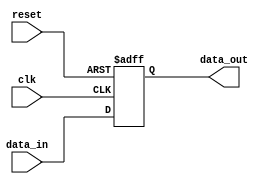
module parametrizable_register #(parameter WIDTH = 8) 
						(input clk, reset, input [WIDTH-1:0] data_in, output reg [WIDTH-1:0] data_out);

    always @(posedge clk or posedge reset) begin
        if (reset)
            data_out = 'b0;
        else
            data_out = data_in;
    end

endmodule